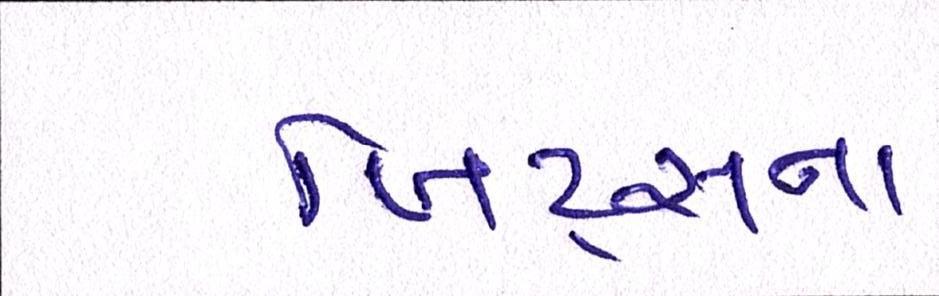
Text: બિટ્સના